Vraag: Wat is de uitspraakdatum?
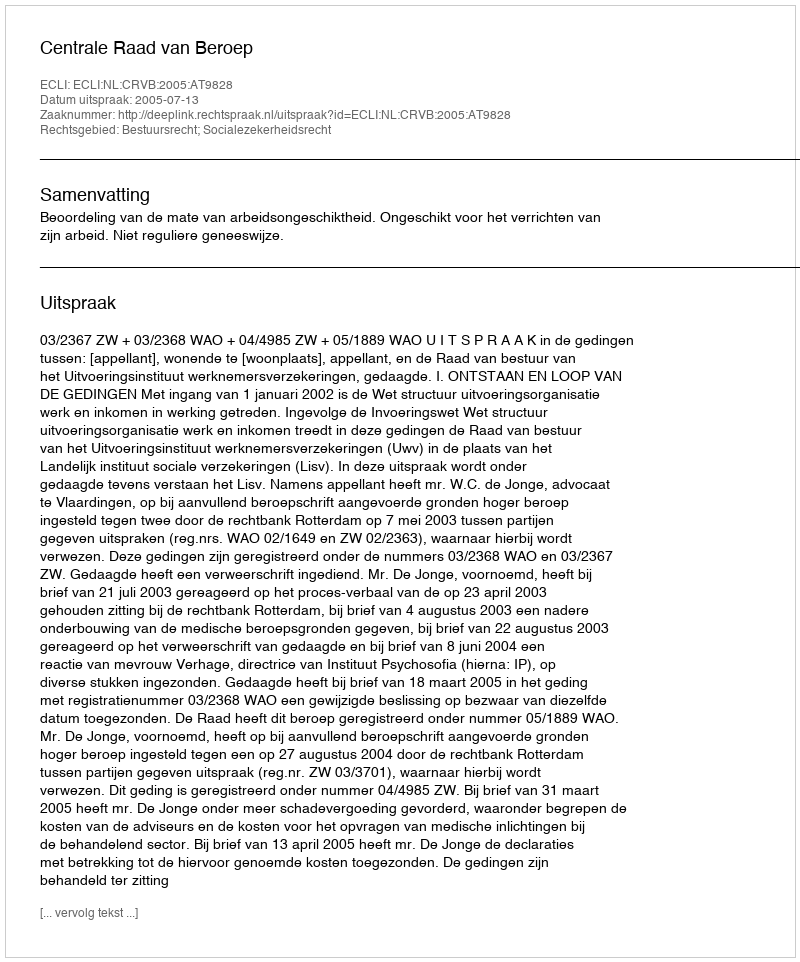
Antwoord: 2005-07-13